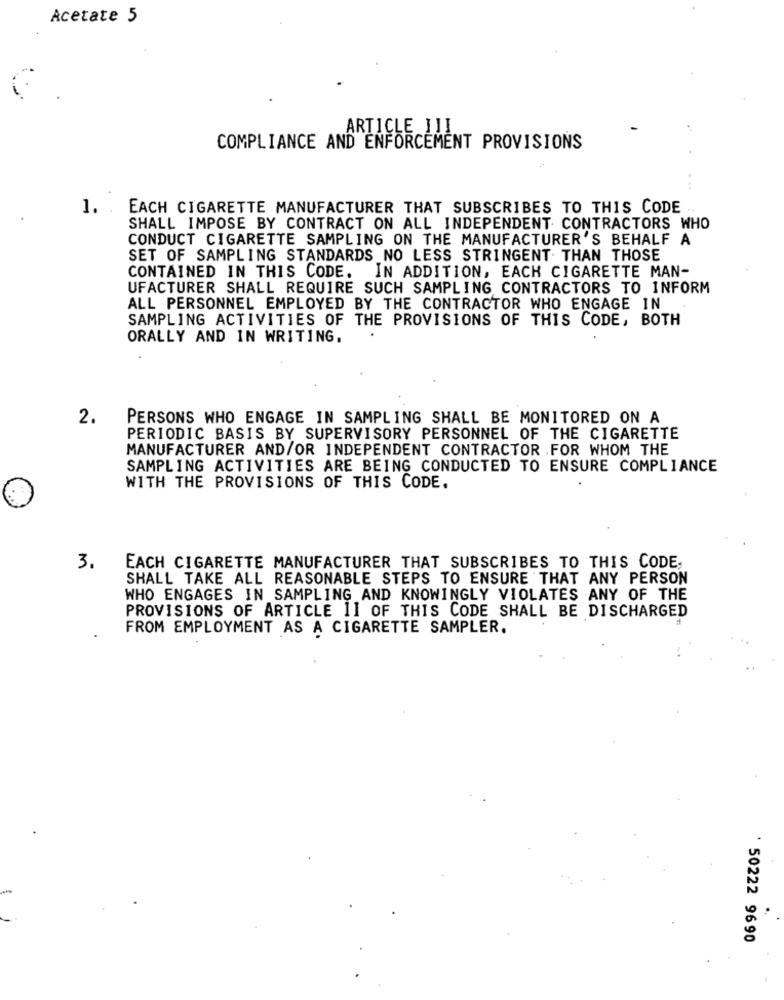
Acetate 5
ARTICLE IJI
COMPLIANCE AND ENFORCEMENT PROVISIONS
...
1. .
EACH CIGARETTE MANUFACTURER THAT SUBSCRIBES TO THIS CODE .
SHALL IMPOSE BY CONTRACT ON ALL INDEPENDENT CONTRACTORS WHO
CONDUCT CIGARETTE SAMPLING ON THE MANUFACTURER'S BEHALF A
SET OF SAMPLING STANDARDS NO LESS STRINGENT. THAN THOSE
CONTAINED IN THIS CODE. IN ADDITION, EACH CIGARETTE MAN-
UFACTURER SHALL REQUIRE SUCH SAMPLING CONTRACTORS TO INFORM
ALL PERSONNEL EMPLOYED BY THE CONTRACTOR WHO ENGAGE IN
SAMPLING ACTIVITIES OF THE PROVISIONS OF THIS CODE, BOTH
ORALLY AND IN WRITING.
2.
PERSONS WHO ENGAGE IN SAMPLING SHALL BE MONITORED ON A
PERIODIC BASIS BY SUPERVISORY PERSONNEL OF THE CIGARETTE
MANUFACTURER AND/OR INDEPENDENT CONTRACTOR .FOR WHOM THE
SAMPLING ACTIVITIES ARE BEING CONDUCTED TO ENSURE COMPLIANCE
WITH THE PROVISIONS OF THIS CODE.
3.
EACH CIGARETTE MANUFACTURER THAT SUBSCRIBES TO THIS CODE,
SHALL TAKE ALL REASONABLE STEPS TO ENSURE THAT ANY PERSON
WHO ENGAGES IN SAMPLING AND KNOWINGLY VIOLATES ANY OF THE
PROVISIONS OF ARTICLE II OF THIS CODE SHALL BE DISCHARGED
FROM EMPLOYMENT AS A CIGARETTE SAMPLER.
' 50222 9690